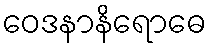
ဝေဒနာနိရောဓေ